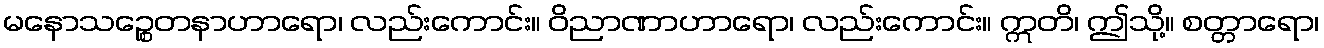
မနောသဉ္စေတနာဟာရော၊ လည်းကောင်း။ ဝိညာဏာဟာရော၊ လည်းကောင်း။ ဣတိ၊ ဤသို့။ စတ္တာရော၊